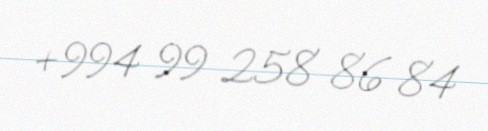
+994 99 258 86 84